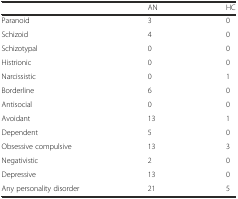
|  | AN | HC |
 | --- | --- | --- |
 | Paranoid | 3 | 0 |
 | Schizoid | 4 | 0 |
 | Schizotypal | 0 | 0 |
 | Histrionic | 0 | 0 |
 | Narcissistic | 0 | 1 |
 | Borderline | 6 | 0 |
 | Antisocial | 0 | 0 |
 | Avoidant | 13 | 1 |
 | Dependent | 5 | 0 |
 | Obsessive compulsive | 13 | 3 |
 | Negativistic | 2 | 0 |
 | Depressive | 13 | 0 |
 | Any personality disorder | 21 | 5 |